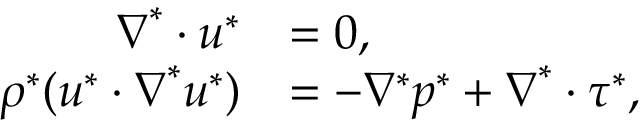
\begin{array} { r l } { \boldsymbol { \nabla } ^ { * } \boldsymbol { \cdot } \boldsymbol { u } ^ { * } } & { = 0 , } \\ { \rho ^ { * } ( \boldsymbol { u } ^ { * } \boldsymbol { \cdot } \boldsymbol { \nabla } ^ { * } \boldsymbol { u } ^ { * } ) } & { = - \nabla ^ { * } p ^ { * } + \boldsymbol { \nabla } ^ { * } \boldsymbol { \cdot } \boldsymbol { \tau } ^ { * } , } \end{array}